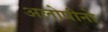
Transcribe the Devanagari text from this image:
अलोपीनो